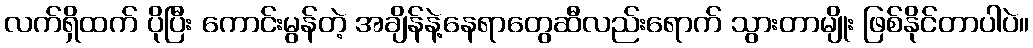
လက်ရှိထက် ပိုပြီး ကောင်းမွန်တဲ့ အချိန်နဲ့နေရာတွေဆီလည်းရောက် သွားတာမျိုး ဖြစ်နိုင်တာပါပဲ။